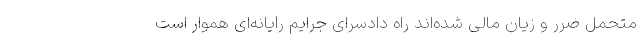
متحمل ضرر و زیان مالی شده‌اند راه دادسرای جرایم رایانه‌ای هموار است